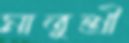
মাতুশ্রী